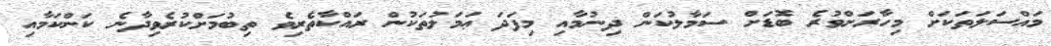
މައްސަލަތަކަށް މިހާރަށްވުރެ ބޮޑަށް ސަމާލުކަން ދިނުމާއި މިފަދަ ޢަމަލުތަކުން ރައްކާތެރިވެ ތިބުމަށްކުރެވިދާނެ ކަންކަމާއި